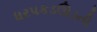
ધરપકડઊડતી